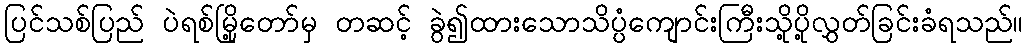
ပြင်သစ်ပြည် ပဲရစ်မြို့တော်မှ တဆင့် ခွဲ၍ထားသောသိပ္ပံကျောင်းကြီးသို့ပို့လွှတ်ခြင်းခံရသည်။